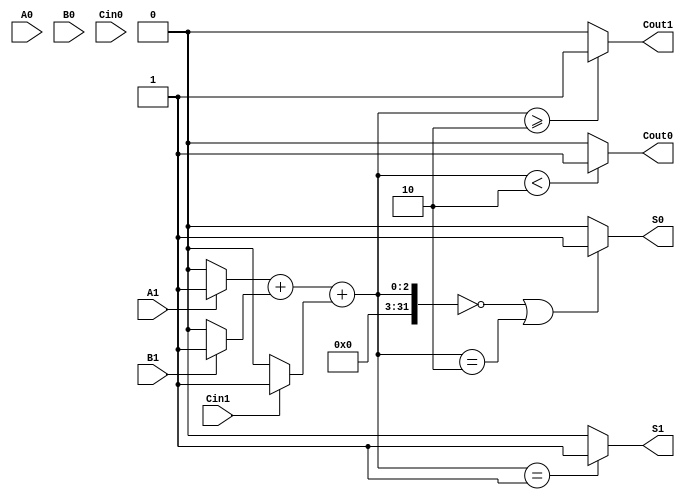
module dual_rail_full_adder (
    input wire A1, A0,       // Dual-rail representation of input A
    input wire B1, B0,       // Dual-rail representation of input B
    input wire Cin1, Cin0,   // Dual-rail representation of carry input Cin
    output wire S1, S0,      // Dual-rail representation of sum output S
    output wire Cout1, Cout0  // Dual-rail representation of carry output Cout
);

    // Intermediate signals for single-bit values
    wire A, B, Cin;
    wire S, Cout;

    // Decode dual-rail inputs to single-bit values
    assign A = A1 ? 1'b1 : 1'b0; // A = 1 if A1 is high
    assign B = B1 ? 1'b1 : 1'b0; // B = 1 if B1 is high
    assign Cin = Cin1 ? 1'b1 : 1'b0; // Cin = 1 if Cin1 is high

    // Full Adder Logic
    assign S = A ^ B ^ Cin; // Sum
    assign Cout = (A & B) | (Cin & (A ^ B)); // Carry

    // Dual-Rail Encoding for Sum Output
    assign S1 = (A + B + Cin == 1) ? 1'b1 : 1'b0; // S1 is active if the number of 1s is odd
    assign S0 = (A + B + Cin == 0 || A + B + Cin == 2) ? 1'b1 : 1'b0; // S0 is active if the number of 1s is even

    // Dual-Rail Encoding for Carry Output
    assign Cout1 = (A + B + Cin >= 2) ? 1'b1 : 1'b0; // Cout1 is active if at least two inputs are 1
    assign Cout0 = (A + B + Cin < 2) ? 1'b1 : 1'b0; // Cout0 is active if fewer than two inputs are 1

endmodule